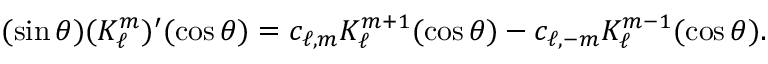
( \sin \theta ) ( K _ { \ell } ^ { m } ) ^ { \prime } ( \cos \theta ) = c _ { \ell , m } K _ { \ell } ^ { m + 1 } ( \cos \theta ) - c _ { \ell , - m } K _ { \ell } ^ { m - 1 } ( \cos \theta ) .